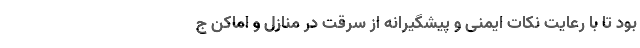
بود تا با رعایت نکات ایمنی و پیشگیرانه از سرقت در منازل و اماکن ج